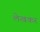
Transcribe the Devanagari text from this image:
लेखकर